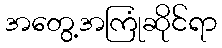
အတွေ့အကြုံဆိုင်ရာ